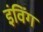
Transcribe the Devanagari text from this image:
इंविंग